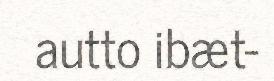
autto ibæt-